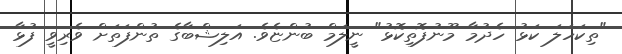
"ތިކަހަލަ ކަޅު ހެދުމާ މޫނުފޮތިކޮޅު" ނީލަމް ބުންޏެވެ. އަލިޝްބާގެ ތުންފަތަށް ވެރިވީ ފުޅާ